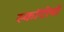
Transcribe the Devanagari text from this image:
स्कॉटीयों